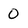
Character: O